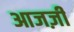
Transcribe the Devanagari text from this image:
आजज़ी